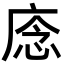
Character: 𢈸